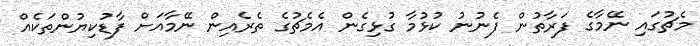
މެޗުގައި ނޭމާގެ ފަރާތުން ފެނުނު ކުޅުމާ ގުޅިގެން އެމެޗުގެ ތެރެއިން ނޭމާއަށް ފާޑުކިޔުންތަކެއް